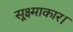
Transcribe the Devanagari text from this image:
सूक्ष्माकार।